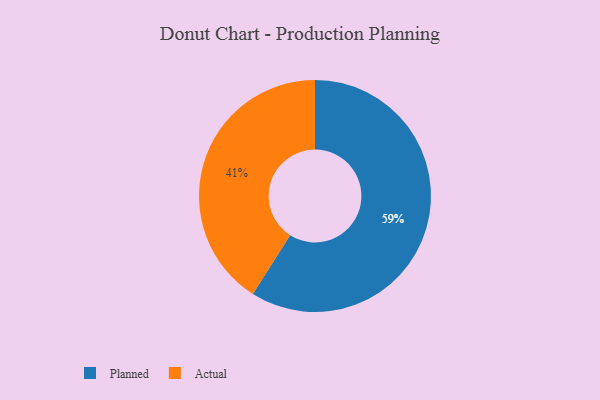
{"axis": {"x": "Category", "y": "Percentage"}, "legend": ["Actual", "Planned"], "data": [{"x": "Planned", "y": 59, "type": "Planned"}, {"x": "Actual", "y": 41, "type": "Actual"}]}